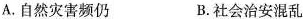
A.自然灾害频仍 B.社会治安混乱